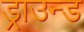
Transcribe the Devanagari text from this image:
ड्राउन्ड